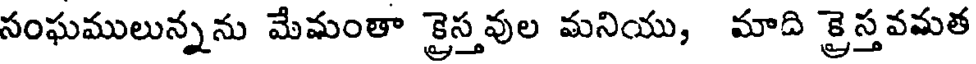
సంఘములున్నను మేమంతా క్రైస్తవుల మనియు, మాది క్రైస్తవమత